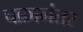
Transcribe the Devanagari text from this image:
चक्रानंतर